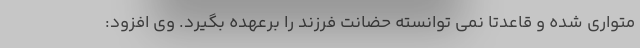
متواری شده و قاعدتا نمی توانسته حضانت فرزند را برعهده بگیرد. وی افزود: